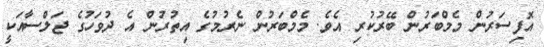
އޮފިސަރުން މެމްބަރުން ބޭރުކުރި އެވެ. މެމްބަރުން ނެރުމުގެ އިތުރުން އެ ދުވަހުގެ ޖަލްސާއަކީ